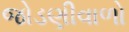
જોડણીવાળો